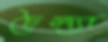
চৈল্যা